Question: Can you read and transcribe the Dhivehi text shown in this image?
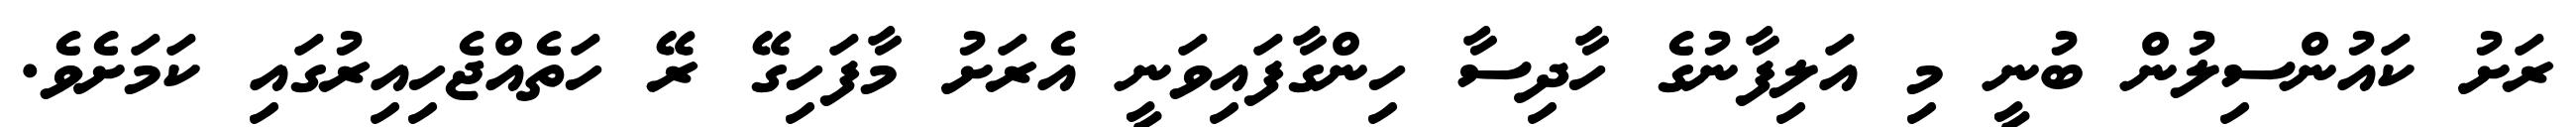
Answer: ރަށު ކައުންސިލުން ބުނީ މި އަލިފާނުގެ ހާދިސާ ހިންގާފައިވަނީ އެރަށު މާފަހިގޭ ރޭ ހަތެއްޖެހިއިރުގައި ކަމަށެވެ.